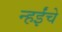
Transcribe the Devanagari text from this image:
न्हईंचे